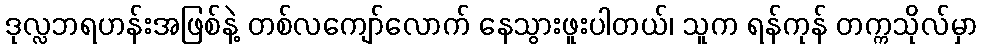
ဒုလ္လဘရဟန်းအဖြစ်နဲ့ တစ်လကျော်လောက် နေသွားဖူးပါတယ်၊ သူက ရန်ကုန် တက္ကသိုလ်မှာ